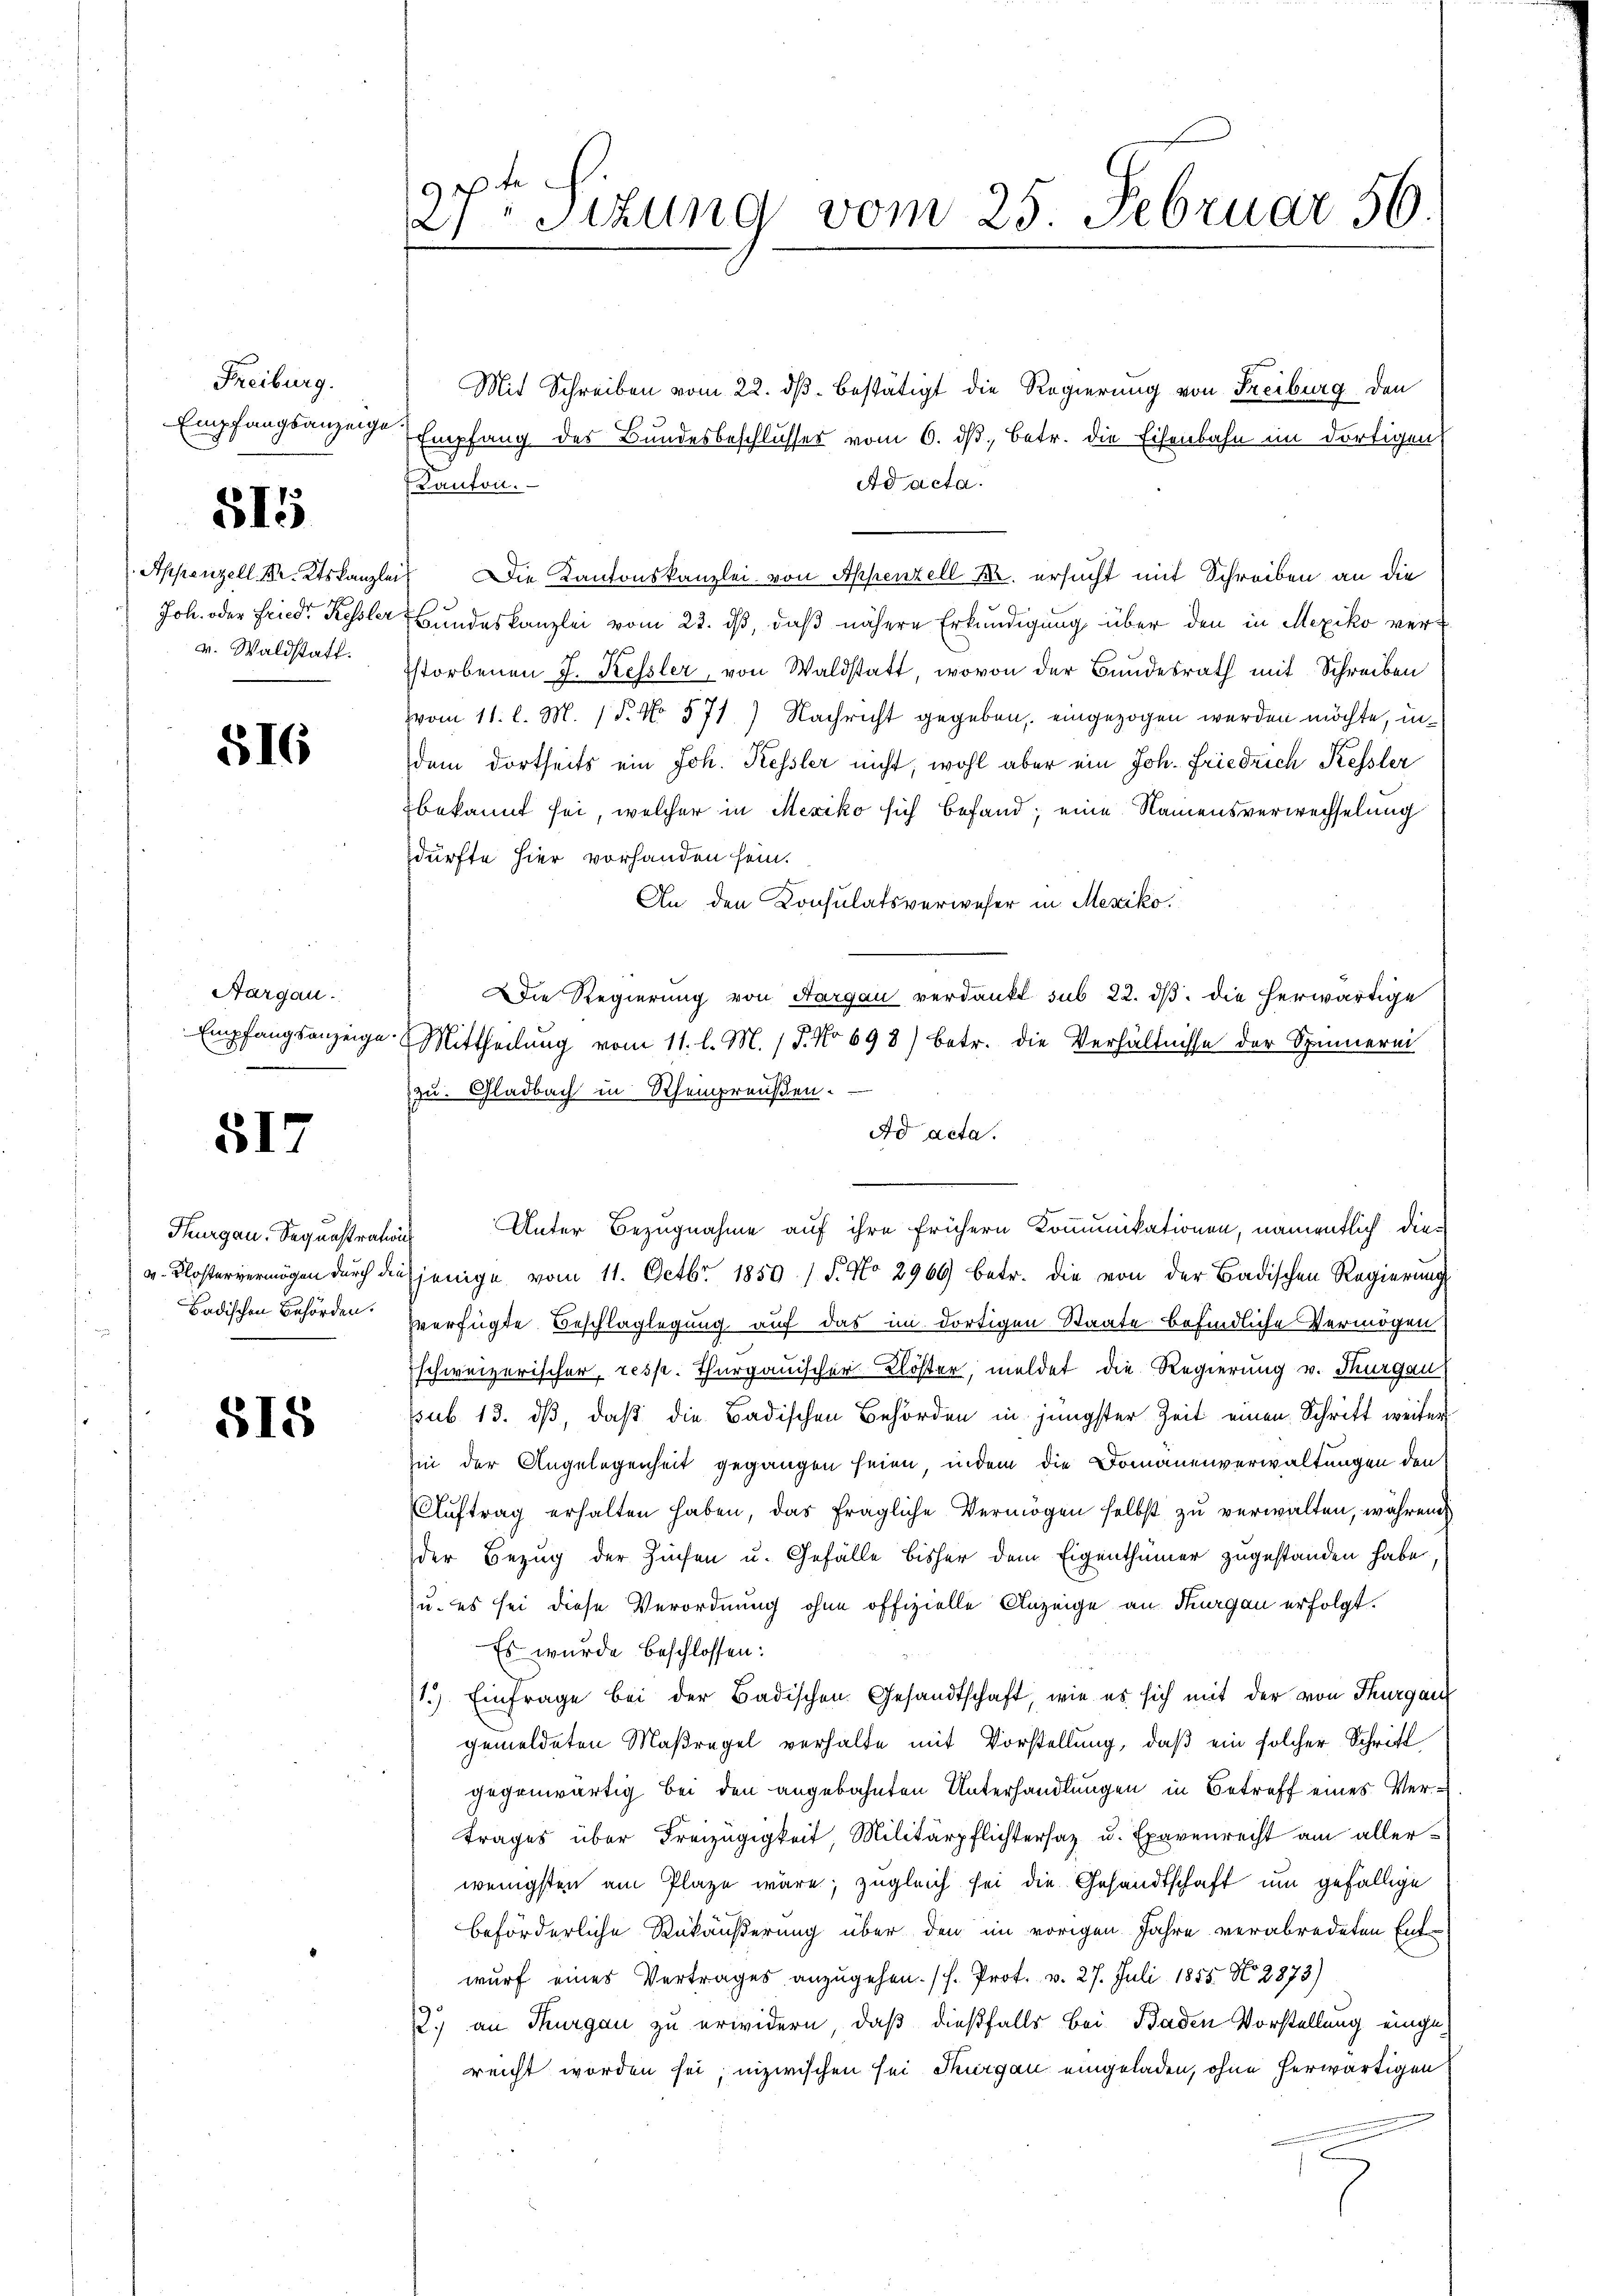
Freiburg.
Empfangsanzeige

515

v. Waldstatt.

516

Aargau.

517

Mit Schreiben vom 22. ds. bestätigt die Regierung von Freiburg den
Empfang des Bundesbeschlusser vom 6. dβ, betr. die Eisenbahn im dortigen
Ad acta.
Kanton.
Appenzell. M. Ktskanzlei Die Kantonskanzlei von Appenzell Fr. ersucht mit Schreiben an die
Joh. oder Fried Kessler Bundeskanzlei vom 22. ds, daß nähere Erkundigung über den in Mexiko ver¬
Istorbenen J. Kessler, von Waldstatt, wovon der Bundesrath mit Schreiben
vvom 11. l. M. 18. No 571) Nachricht gegeben, eingezogen werden möchte, indem dortseits ein Joh. Kessler nicht, wohl aber ein Joh. Friedrich Kessler
bekannt sei, welcher in Mexiko sich befand; eine Namensverwechselung
dürfte hier vorhanden sein.
An den Konsulatsverweser in Mexiko
Die Regierung von Aargau verdankt sub 22. ds. die herwärtige
Empfangsanzeige Mittheilung vom 11. l. M. 18. No 698) betr. die Verhältnisse der Spinnerei
zu. Gladbach in Rheinpreußen.
Ad acta.
Thurgau, Sequestrations Unter Bezugnahme auf ihre frühern Kommunikationen, namentlich diev. Klostervermögen durch diesjenige vom 11. Octbr. 1850 / 5. No 2969 betr. die von der Badischen Regierung
Badischen Behörde verfügte Beschlaglegung auf das im dortigen Staate befindliche Vermögen
schweizerischer, resp. Thurgauischer Klöster, meldet die Regierung v. Thurgau
sub. 13. dß, daß die Badischen Behörden in jüngster Zeit einen Schritt weiter
hin der Angelegenheit gegangen seien, indem die Domänenverwaltungen den
Aŭftrag erhalten haben, das fragliche Vermögen selbst zu verwalten, während
der Bezug der Zinsen u. Gefälle bisher dem Eigenthümer zugestanden habe
u. es sei diese Verordnung ohne offizielle Anzeige an Thurgau erfolgt.
Es wurde beschlossen:
1.) Einfrage bei der Badischen Gesandtschaft, wie es sich mit der von Thurgau
gemeldeten Maßregel verhalte mit Vorstellung, daß ein solcher Schrift
gegenwärtig bei den angebahnten Unterhandlungen in Betreff eines Vertrages über Freizügigkeit, Militärpflichtersaz u. Exavenrecht am allerwenigsten am Plaze wäre; zugleich sei die Gesandtschaft um gefällige
beförderliche Rückäußerung über den im vorigen Jahre verabredeten Entwurf eines Vertrages anzugehen. (s. Prot. v. 27. Juli 1855. No. 2873)
12.) an Thurgau zu erwidern, daß dießfalls bei Baden Vorstellung eingereicht worden sei; inzwischen sei Thurgau eingeladen, ohne herwärtigen

518

9
Stzung vom 25. Februar 56.